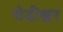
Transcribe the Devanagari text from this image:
चेदीश्वर